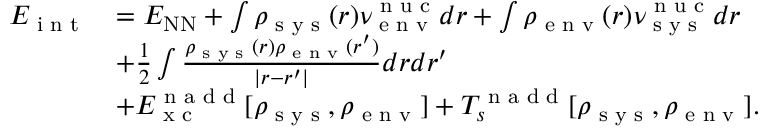
\begin{array} { r l } { E _ { \textrm { i n t } } } & { = E _ { \mathrm { N N } } + \int \rho _ { \textrm { s y s } } ( r ) \nu _ { \textrm { e n v } } ^ { \textrm { n u c } } d r + \int \rho _ { \textrm { e n v } } ( r ) \nu _ { \textrm { s y s } } ^ { \textrm { n u c } } d r } \\ & { + \frac { 1 } { 2 } \int \frac { \rho _ { \textrm { s y s } } ( r ) \rho _ { \textrm { e n v } } ( r ^ { \prime } ) } { | r - r ^ { \prime } | } d r d r ^ { \prime } } \\ & { + E _ { \textrm { x c } } ^ { \textrm { n a d d } } [ \rho _ { \textrm { s y s } } , \rho _ { \textrm { e n v } } ] + T _ { s } ^ { \textrm { n a d d } } [ \rho _ { \textrm { s y s } } , \rho _ { \textrm { e n v } } ] . } \end{array}